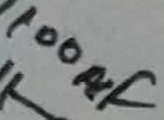
Text: 100µF